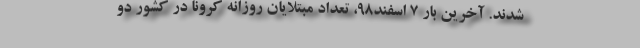
شدند. آخرین بار ۷ اسفند۹۸، تعداد مبتلایان روزانه کرونا در کشور دو